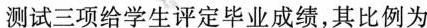
测试三项给学生评定毕业成绩，其比例为